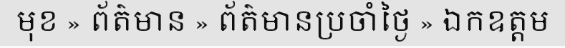
មុខ » ព័ត៌មាន » ព័ត៌មានប្រចាំថ្ងៃ » ឯកឧត្តម